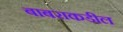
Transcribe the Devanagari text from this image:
बाबराकडील